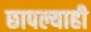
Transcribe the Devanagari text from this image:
छापल्याही